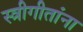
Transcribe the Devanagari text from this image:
स्त्रीगीतांना